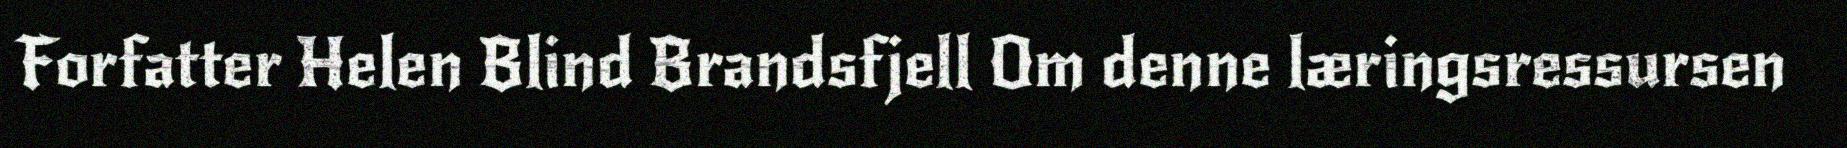
Forfatter Helen Blind Brandsfjell Om denne læringsressursen